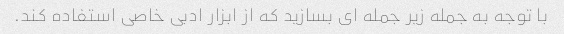
با توجه به جمله زیر جمله ای بسازید که از ابزار ادبی خاصی استفاده کند.